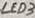
Text: LED3